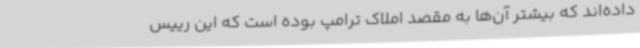
داده‌اند که بیشتر آن‌ها به مقصد املاک ترامپ بوده است که این رییس